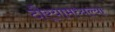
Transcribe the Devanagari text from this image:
दौर्‍यामध्यल्या